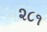
૨૮૧